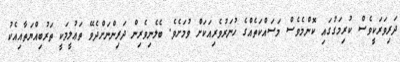
ދަރިވަރަކީވެސް ކުރިމަގުގައި ކޮންމެވެސް މަސައްކަތެއްގެ ހުނަރުވެރިއަކަށް ވުމަށެވެ. ބެލެނިވެރިން ދަރިންނަށްދެވޭ ތަޢުލީމަކީ ތަރުބިއްޔަތާއިއެކު